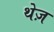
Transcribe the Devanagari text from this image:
थेज़